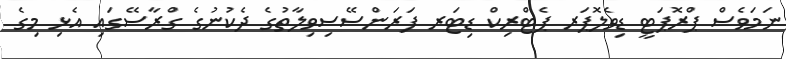
ނަމަވެސް ޕްރޮޕަޓީ ޑިވެލޮޕަރ ޕެޓްރިކް ޑިޓަރ ފަރަންސޭސިވިލާތުގެ ދެކުނުގެ ގްރާސޭގައި އެޅި މިގެ